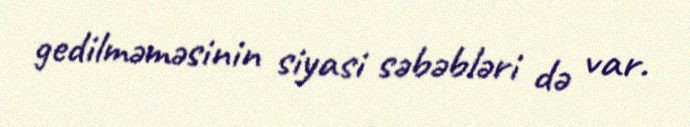
gedilməməsinin siyasi səbəbləri də var.